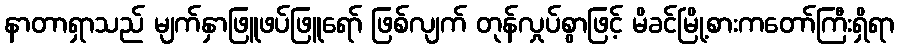
နာတာရှာသည် မျက်နှာဖြူဖပ်ဖြူရော် ဖြစ်လျက် တုန်လှုပ်စွာဖြင့် မိခင်မြို့စားကတော်ကြီးရှိရာ